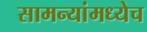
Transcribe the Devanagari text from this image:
सामन्यांमध्येच